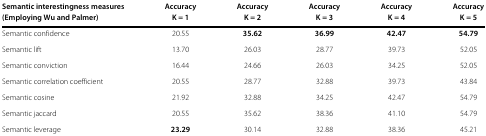
<table><thead><tr><td><b>Semantic interestingness measures</b></td><td><b>Accuracy</b></td><td><b>Accuracy</b></td><td><b>Accuracy</b></td><td><b>Accuracy</b></td><td><b>Accuracy</b></td></tr><tr><td><b>(Employing Wu and Palmer)</b></td><td><b>K = 1</b></td><td><b>K = 2</b></td><td><b>K = 3</b></td><td><b>K = 4</b></td><td><b>K = 5</b></td></tr></thead><tbody><tr><td>Semantic confidence</td><td>20.55</td><td><b>35.62</b></td><td><b>36.99</b></td><td><b>42.47</b></td><td><b>54.79</b></td></tr><tr><td>Semantic lift</td><td>13.70</td><td>26.03</td><td>28.77</td><td>39.73</td><td>52.05</td></tr><tr><td>Semantic conviction</td><td>16.44</td><td>24.66</td><td>26.03</td><td>34.25</td><td>52.05</td></tr><tr><td>Semantic correlation coefficient</td><td>20.55</td><td>28.77</td><td>32.88</td><td>39.73</td><td>43.84</td></tr><tr><td>Semantic cosine</td><td>21.92</td><td>32.88</td><td>34.25</td><td>42.47</td><td>54.79</td></tr><tr><td>Semantic jaccard</td><td>20.55</td><td>35.62</td><td>38.36</td><td>41.10</td><td>54.79</td></tr><tr><td>Semantic leverage</td><td><b>23.29</b></td><td>30.14</td><td>32.88</td><td>38.36</td><td>45.21</td></tr></tbody></table>